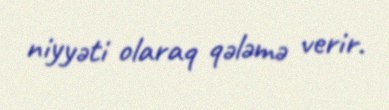
niyyəti olaraq qələmə verir.